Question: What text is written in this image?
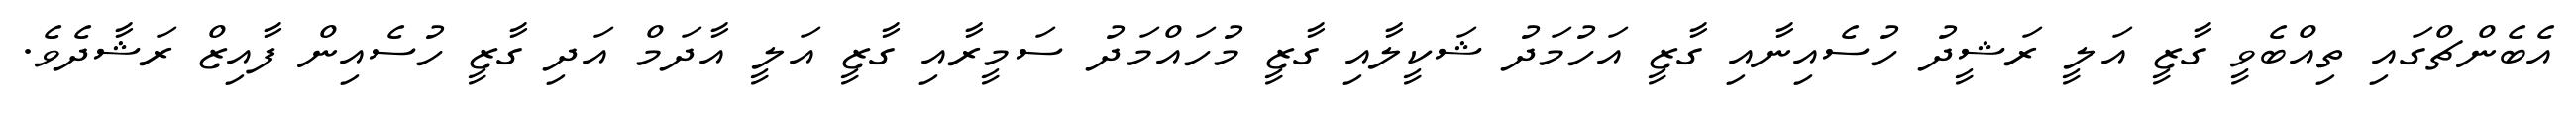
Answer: އެބެންޗްގައި ތިއްބެވީ ގާޒީ އަލީ ރަޝީދު ހުސެއިނާއި ގާޒީ އަހުމަދު ޝަކީލާއި ގާޒީ މުހައްމަދު ސަމީރާއި ގާޒީ އަލީ އާދަމް އަދި ގާޒީ ހުސެއިން ފާއިޒް ރަޝާދެވެ.